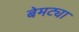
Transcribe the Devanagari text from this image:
बेमट्या